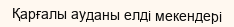
Қарғалы ауданы елді мекендері